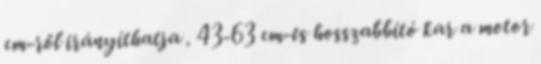
cm-ről irányíthatja . 43-63 cm-es hosszabbító kar a motor